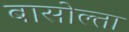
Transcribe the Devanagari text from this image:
बासोल्ता